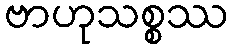
ဗာဟုသစ္စဿ